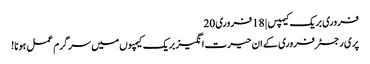
فروری بریک کیمپس | 18 فروری 20
پری رجسٹر فروری کے ان حیرت انگیز بریک کیمپوں میں سرگرم عمل ہونا!